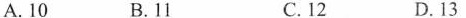
A.10 B.11 C. 12 D.13